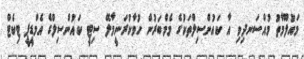
މައުލޫމާތު މުއްސަނދިވި އާ ކައުންސިލްތަކުގެ މެމްބަރުން ހުވާކުރަނީމާލޭ ސިޓީ ކައުންސިލްގެ އެމްޑީޕީ ޓިކެޓް